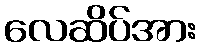
လေဆိပ်အား